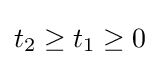
t_{2}\geq t_{1}\geq 0